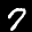
Label: 7